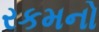
રકમનો